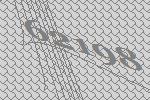
62198